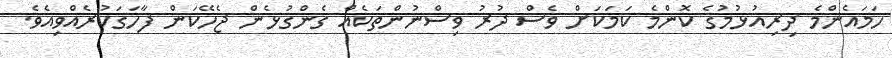
ހަމައެންމެ ދިރިއުޅުމުގެ ކޮންމެ ކަމަކަށް ވެސް ދުރު ވިސްނުންތަކެއް ގެންގުޅެން ޖެހޭކަން ފާހަގަކުރެއްވިއެވެ.